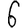
Digit: 6